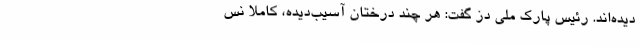
دیده‌اند. رئیس پارک ملی دز گفت: هر چند درختان آسیب‌دیده، کاملا نس